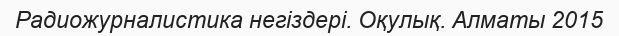
Радиожурналистика негіздері. Оқулық. Алматы 2015